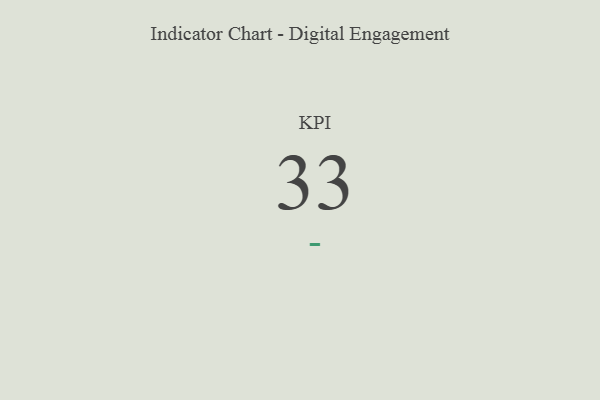
{"axis": {"x": "KPI", "y": "Value"}, "legend": [""], "data": [{"x": "KPI", "y": 33, "type": ""}]}